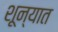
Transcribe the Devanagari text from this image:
शून्यात